Annual report on the working of the mental hospitals in the Madras Presidency - 1912-1932
Year: 1912
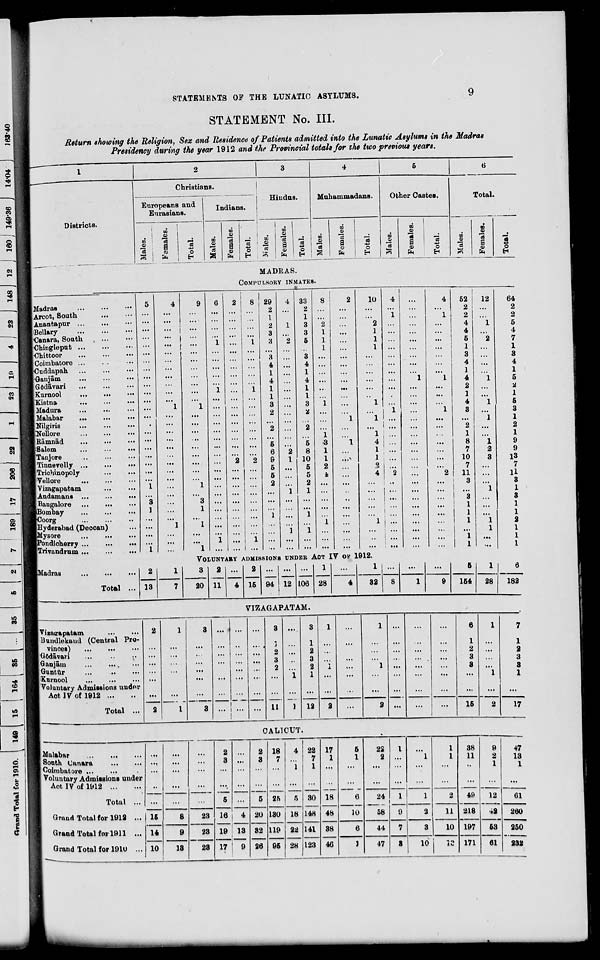
STATEMENTS OP THE LUNATIC ASYLUMS.
STATEMENT No. III.
Return showing the Religion, Sex and Residence of Patients admitted into the Lunatic Asylums in the Madras
Presidency during the year 1912 and the Provincial totals for the two previous years.
1
2
3
4
5
6
Christians.
Hindus.
Muh ammadans.
Other Castes.
Total
Europeans and
Eurasians.
Indians.
Districts.
| Males.
Fsmales.
a
.2
Females.
"3
o
•J.
3
■—<
5
: Females.
'3
49
o
00
■ Females
•is
DO
0Q
a
"3
E-"
DO
"ci
00
a
49
EH
o
EH
MADRAS.
COMPULSORY INMATES.
£
Madras
I Arcot, South
[Anantapur ...
IBellary
[Canara, South , ..
i Chinglepub
[•Chittoor
j Coimbatore ...
I'Cuddapah
Ganjam
IGodavari
jKurnool
...
..
LKistna
Madura
Malabar
JNilgiris
IINeUore
lBamnad
[•Salem
iTanjore
ITinnevelly
ITriohinopoly
rVellore
1V izagapatam
■ Andamans ...
[Bangalore
"Bombay
JCoorg
[Hyderabad (Deooan)
Mysore
,
iPondlcherry
JTriviindrnm
•••
5
4
9
6
2
8 29
4 33
8
2
2
2
1
1
...
..
...
2
1
3
2
...
.
...
3
3
1
...
• •
••
1
1
3
3
4
2
5
3
4
1
1
••
1
...
1
...
4
4 ...
1
1
1
1
...
...
1
I
...
1
1
3
3
1
2
■I
...
1
...
• ■
••
...
• •
2 ...
2 ...
• •
...
..
...
...
...
1
...
5
5
3
1
..
...
6
2
8
1
.
i I
2
9
I 10
I
..^
5 ...
5
2
5
5
k
1
••
1
...
••
2
1
2
1
...
••
3
3
1
1
...
1
1
1
1
1
1
1
...
..
1
1
...
1
.. 1 1 ...
..
...
...
...
...
..
10
2
4
4
52
12
64
2
2
2
2
4
1
5
4
...
4
5
2
7
1
1
3
3
4
...
4
1
1
4
i
5
2
•&
1
1
4
I
5
3
...
3
l
1
2
...
2
1
1
8
l
9
7
2
9
10
3
13
7
7
11
u
3
3
1
1
3
3
1
1
1
1
1
1
2
1
1
1
...
1
1
'•■
1
VOLUNTARY ADMISSIONS UNDER ACT IV ov 1912.
ladras J
•••
■■■
• • •
2
13
1
3
2
11
4
2
15 94 12 106
1
28
...
1
...
...
...
6
1
28
6
Total ...
7
20
4
32
8
1
9
154
182
VIZAGAPATAM.
| Vizatrapatam
Bundlekand (Central Pro-
vinces)
lOodavavi
Qaujain
Guntur
[Kurnool
VoJuntavy Admissions xiuder
Act 17 of 1912
Total ...
j
2
3
2
11
12
15
1
7
1
...
2
3
...
3
1
1
...
...
2
17
CALICUT •
Malabar
South Uanara
Coimbatore
Voluntary Admissions under
Act IV of 1912
15
14
10
...
...
2
3 ...
2
3
5
20
18
7
25
130
119
96
4
i
5
18
22
28
22
7
1
30
148
141
123
17
1
18
48
38
46
5
1
6
22
2
I
1
9
7
1
1
1
38
11
49
218
197
171
9
2
1
12
42
63
47
13
1
Total ...
...
24
58
1
2
61
Grand Total for 1912 ...
8
23 ii
19
4
10
2
11
260
Grand Total for 1911 ...
9
13
23
13 82
26
6
44
3
10
250
Grand Total for 1910 ...
23 17 ' 9
)
47
8
10
12
61
232